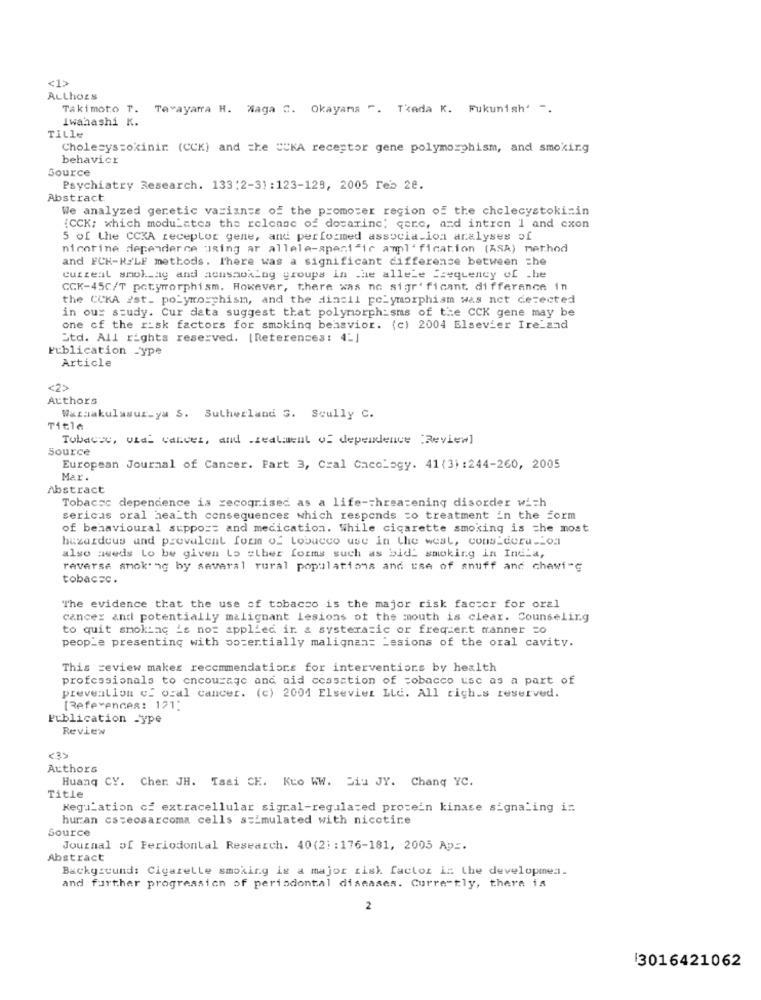
<1>
ALLhoEs
Takimoto T. Tavayarra H. Waga ". Okayama ". Teda K. Fukunish' -.
Iwahashi K.
Title
Cholecyszokinir (CCK) and the "CKA receptor gene polymorphism, and smoking
behavicr
Source
Psychiatry Research. 133:2-31:123-129, 2005 Feb 28.
Abstract
We analyzed genetic variants of the promoter region of the cholecystokinin
(CCK; which modulates the release of docarine, qere, and intren 1 and cxon
5 of the CCKA receptor gene, and performed associa.ion analyses of
nicotine dependerce asing ar allele-specific aml' fication (ASA) method
and FCH-RI'LF methods. There was a significant difference between the
current smoking and acmsmoking groups in the allele frequency of .he
CCK-45C/T potymorphism. However, there was no sigr' ficant. difference in
the CCKA 2st_ polymorphism, and the dincil polymorphism was not detected
in our study. Cur data suggest that polymorphisms of the CCK gene may be
one of the risk factors for smoking behavior. (c) 2004 Elsevier Ireland
Std. All rights reserved. [References: 4_]
Publication _ype
Article
<2>
Authors
Warnakulasur-ya S. Sutherland S. Scully C.
Title
Tobacco, vzal cancer, and -zealment of dependence "Review]
Source
European Journal of Cancer. Part 3, Cral Cacclogy. 41 (3) :244-260, 2005
Mar.
Abstract
Tobacco dependence is recognised as a life-threatening disorder wich
serious oral health consequences which responds to treatment in the form
of behavioural suppo == and medication. While cigarette smoking is the most
hazardous and prevalent form of tobacco use in the west, considera __ oa
also aweds Lo be given Lo clher forms such as bid: smoking in India,
reverse smoking by several rural populations and use of snuff and chewi-g
tobac=c.
"The evidence that the use of tobacco is the major risk factor for oral
cancer and potentially malignant Lesions of the mouth is clear. Counseling
to quit smoking Le not applied in & systeracic or frequent tranner =0
people presenting with potentially malignant Lesions of the oral cavity.
This review makes recommendations for interventions by health
professionals to encourage and aid ccasation of tobacco use as a part of
prevention of oral cancer. (c) 2001 Elsevier LLd. All rights reserved.
[References: 121;
Publication -ype
Review
Authors
Huanq CY. Cher. JH. Tsai CH. Kuo WW. Siu JY. Chanq YC.
Title
Regulation cf extracellular signal-regulated protein kinase signaling i:
huran cs :eosarcoma cells s=Emulated with nicotine
Source
Journal of Periodontal Research. 40(2: : 176-181, 2005 Apr.
Abstract
Background: Cigarette smoking is a major tisk factor in the development.
and further progression of periodontal diseases. Currently, there is
2
3016421062